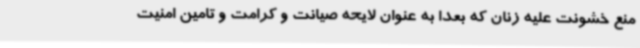
منع خشونت علیه زنان که بعدا به عنوان لایحه صیانت و کرامت و تامین امنیت